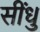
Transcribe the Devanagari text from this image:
सींधु